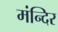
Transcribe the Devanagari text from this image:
मंन्दिर